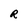
Character: R